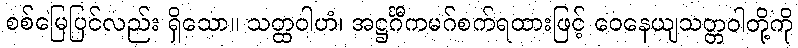
စစ်မြေပြင်လည်း ရှိသော။ သတ္ထဝါဟံ၊ အဋ္ဌင်္ဂီကမဂ်စက်ရထားဖြင့် ဝေနေယျသတ္တဝါတို့ကို